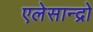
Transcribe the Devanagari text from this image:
एलेसान्द्रो